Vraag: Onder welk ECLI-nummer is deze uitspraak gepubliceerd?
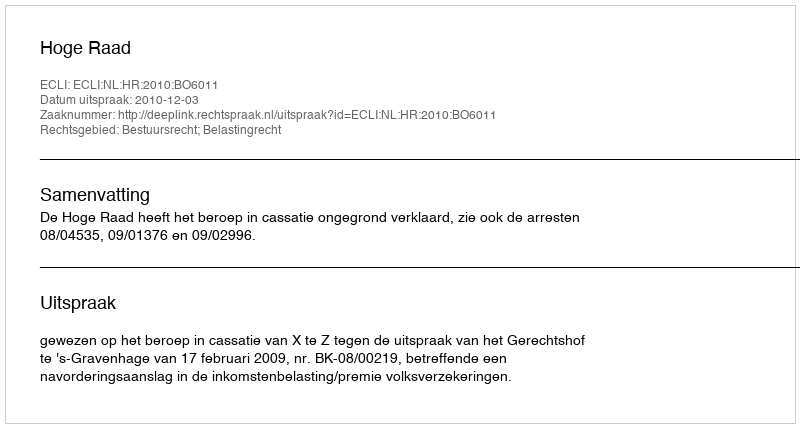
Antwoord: ECLI:NL:HR:2010:BO6011